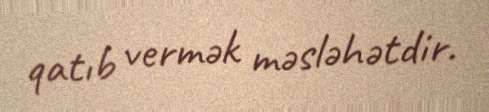
qatıb vermək məsləhətdir.